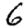
Digit: 6